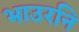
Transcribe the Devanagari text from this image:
भाउरनि